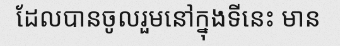
ដែលបានចូលរួមនៅក្នុងទីនេះ មាន